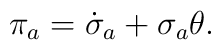
\pi_a = \dot \sigma_a + \sigma_a\theta.